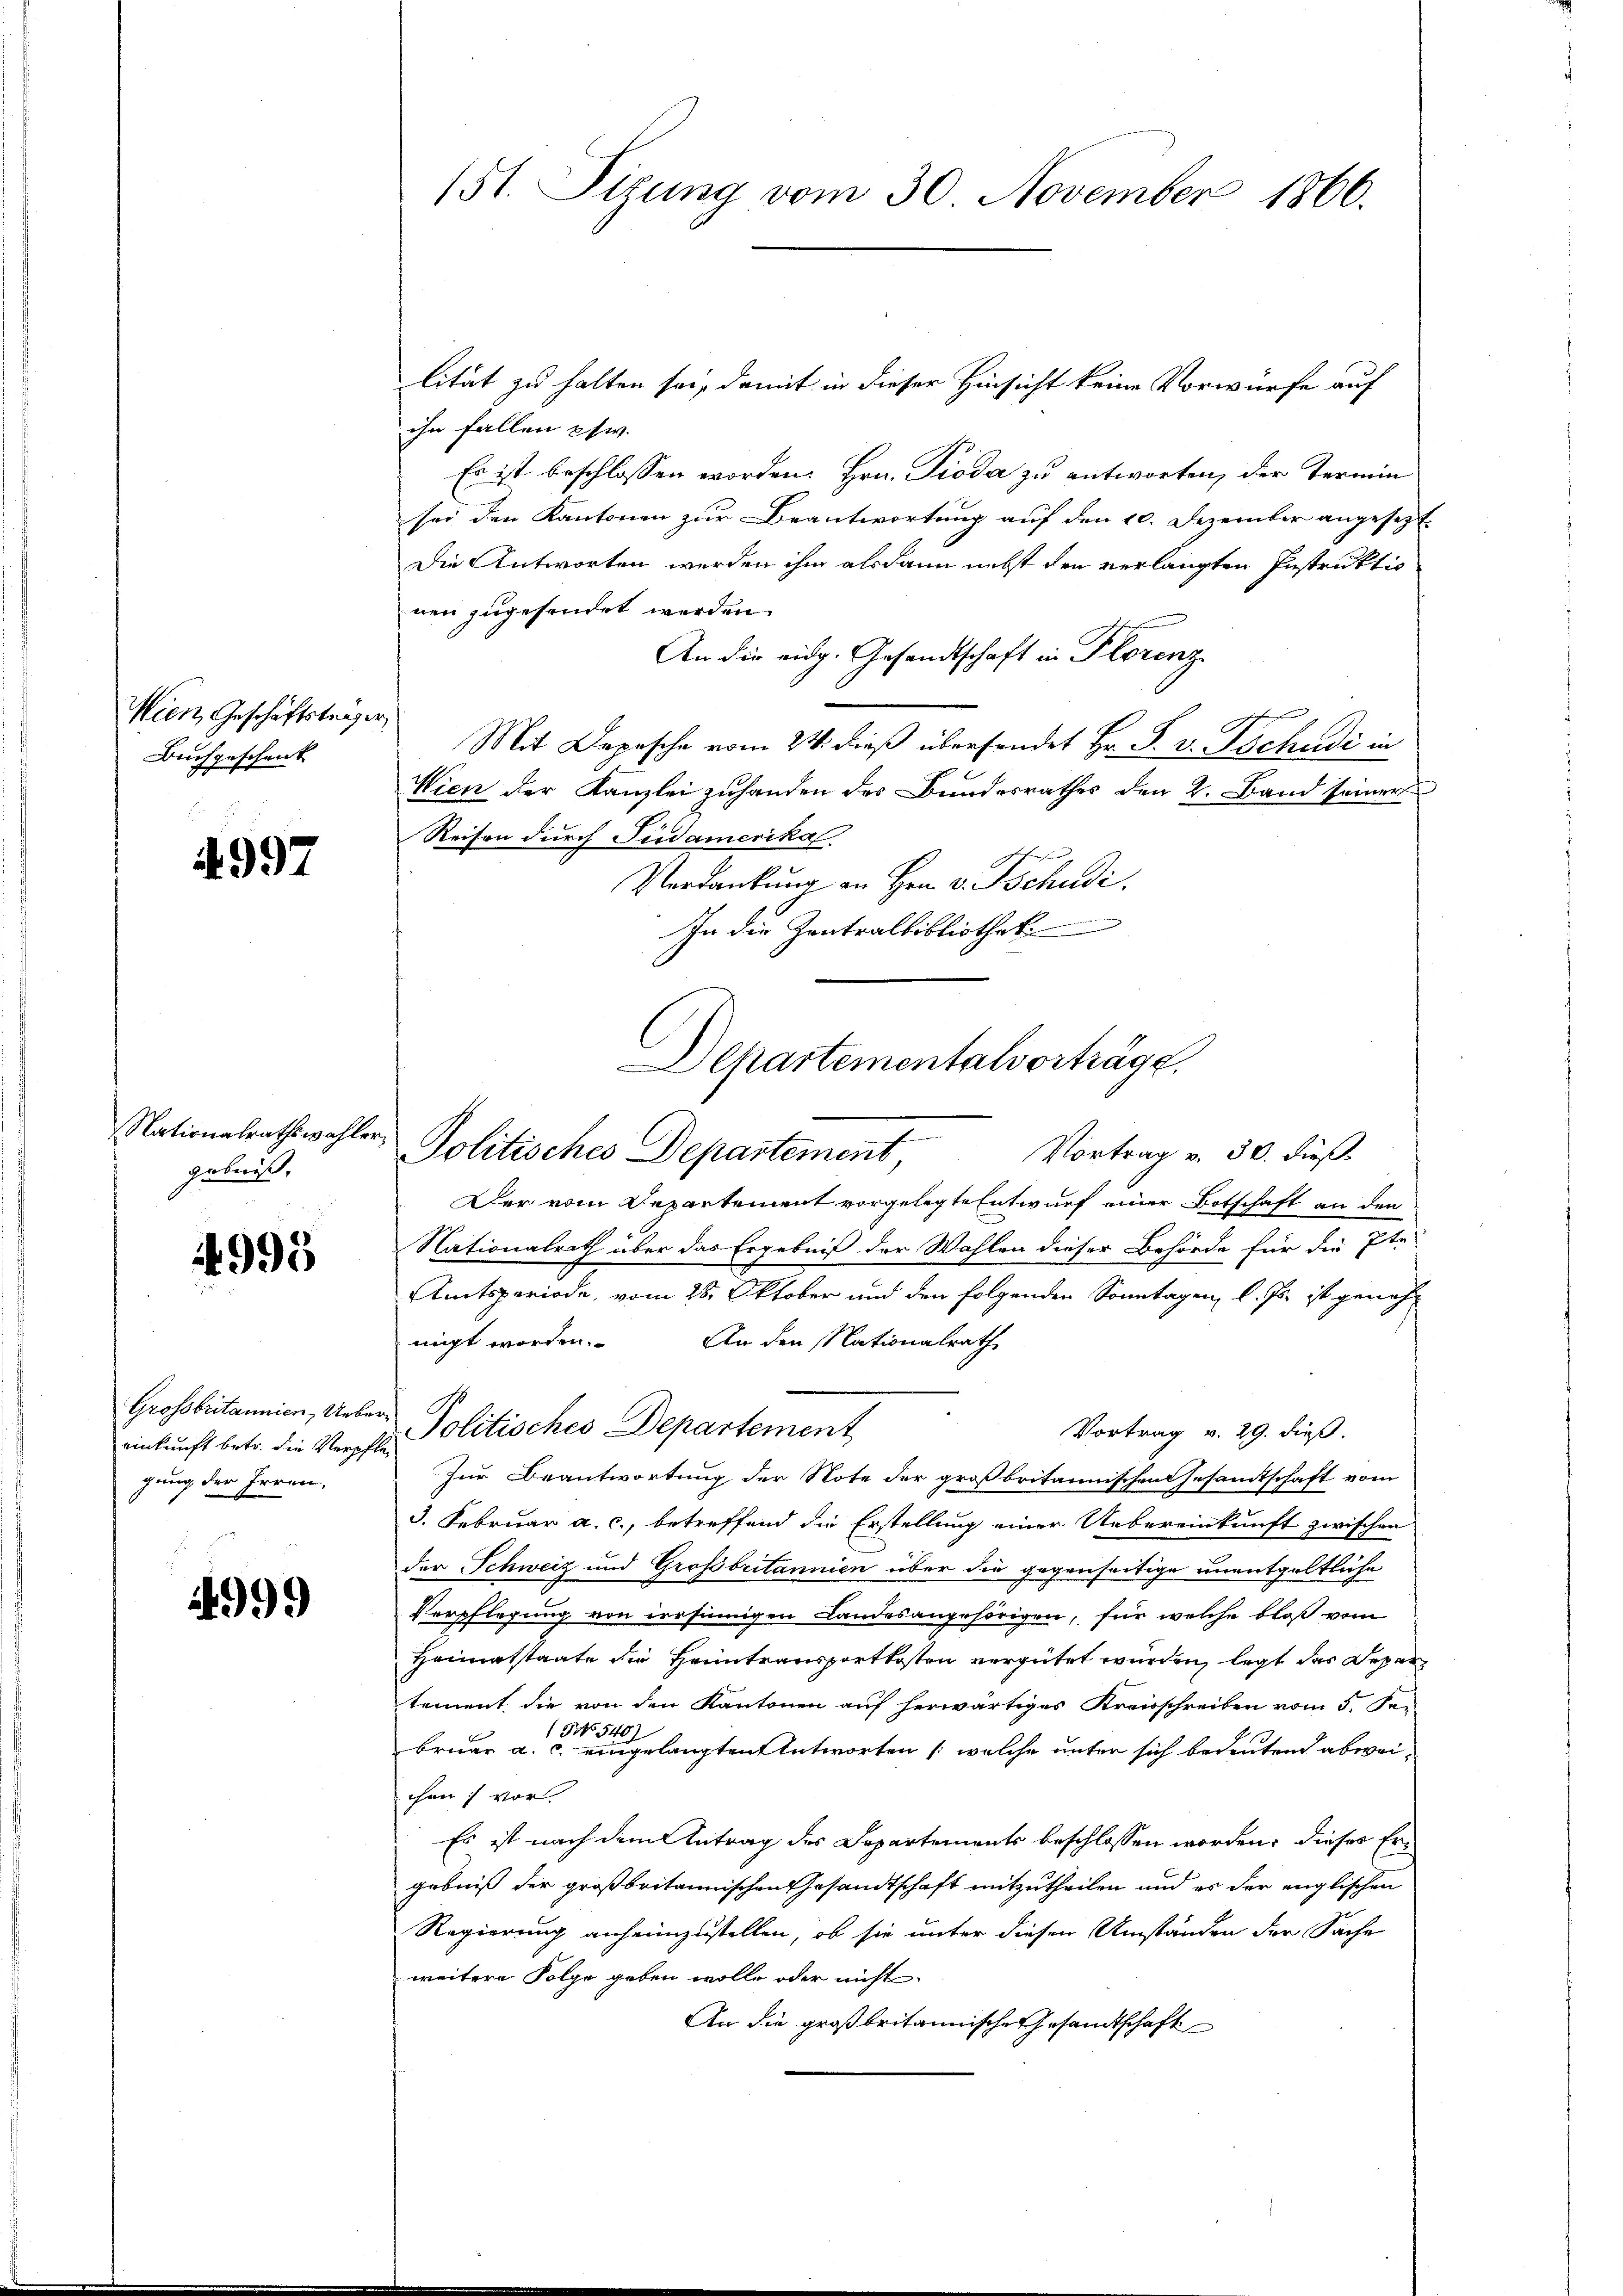
Wien, Geschäftsträger,
Buchgeschenk

4997

Nationalrathswahle.
gebnis.

4995

Grossbritannien, Uebe
einkunft betr. die Verpfli
gung der Irren,

499

(St. Sizung vom 30. November 1866.

lität zu halten sei, damit in dieser Hinsicht keine Vorwürfe auf
ihn fallen phw.
Es ist beschlossen worden. Hrn. Pioda zu antworten, der Termin
sei den Kantonen zur Beantwortung auf den 10. Dezember angesezt.
Die Antworten werden ihm alsdann nebst den verlangten Instruktio
nen zugesendet werden.
An die eidg. Gesandtschaft in Florenz
Mit Depesche vom 24. dieß überhandet Hr. P. v. Tschudi in
Wien der Kanzlei zuhanden des Bundesrathes den 2. Band seiner
Reisen durch Südamerika.
Verdankŭng an Hrn. v. Tschudi
In die Zentralbibliothek
Der vom Departement vorgelegte Entwurf einer Botschaft an den
Nationalrath über das Ergebniß der Wahlen dieser Behörde für die Ite
Amtsperiode, vom 28. Oktober und den folgenden Sonntagen, l. Js. ist genehnigt worden. An den Nationalrath,
 Politisches Departement
Vortrag v. 29. dieß.
Zur Beantwortung der Note der großbritannischen Gesamtschaft vom
3. Februar a. c., betreffend die Erstellung einer Uebereinkunft zwischen
der Schweiz und Großbritannien über die gegenseitige unentgeltliche
Verpflegung von irrsinnigen Landesangehörigen, für welche bloß vom
Heimatstaate die Heintransportkosten vergütet wurden, legt das Depar
tement die von den Kantonen auf herwärtiges Kreisschreiben vom 5. Se-
(No 540)
bruar a. c. eingelangten Antworten (welche unter sich bedeutend abweichen) vor
Es ist nach dem Antrag des Departements beschlossen worden, dieses Ergebniß der großbritannischen Gesandtschaft mitzutheilen und es der englischen
Regierung anheimzustellen, ob sie unter diesen Umständen der Sache
weitere Folge geben wolle oder nicht
An die großbritannische Gesandtschaft

Dchartementalvorträge.

Politisches Departement,
Vortrag v. 30. dieß.